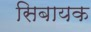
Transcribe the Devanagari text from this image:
सिबायक